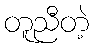
တူညီတဲ့